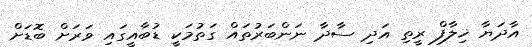
އާދަޔާ ޚިލާފް ރީތި އަދި ސާދާ ނަންބަރުތައް ގަތުމަކީ ޑުބާއީގައި ވަރަށް ބޮޑަށް